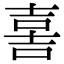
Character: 𡔯